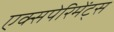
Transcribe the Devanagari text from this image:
एक्सपेरिमेंट्स